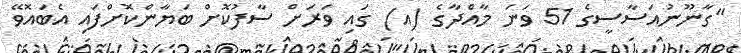
"ގާނޫނުއަސާސީގެ 51 ވަނަ މާއްދާގެ (އ) ގައި ވަރަށް ސާފުކޮށް ބަޔާންކޮށްފައި އެބައޮވޭ